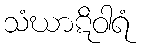
သံဃာဋိဝါရံ